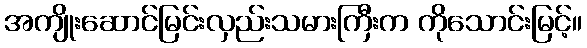
အကျိုးဆောင်မြင်းလှည်းသမားကြီးက ကိုသောင်းမြင့်။